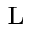
_ \textrm { L }